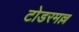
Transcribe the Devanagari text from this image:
टोडरमल्ल